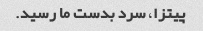
پیتزا، سرد بدست ما رسید.